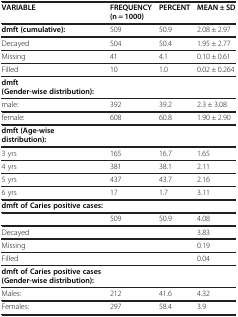
| VARIABLE | FREQUENCY (n = 1000) | PERCENT | MEAN ± SD |
 | --- | --- | --- | --- |
 | dmft (cumulative): | 509 | 50.9 | 2.08 ± 2.97 |
 | Decayed | 504 | 50.4 | 1.95 ± 2.77 |
 | Missing | 41 | 4.1 | 0.10 ± 0.61 |
 | Filled | 10 | 1.0 | 0.02 ± 0.264 |
 | dmft(Gender-wise distribution): |  |  |  |
 | male: | 392 | 39.2 | 2.3 ± 3.08 |
 | female: | 608 | 60.8 | 1.90 ± 2.90 |
 | dmft (Age-wise distribution): |  |  |  |
 | 3 yrs | 165 | 16.7 | 1.65 |
 | 4 yrs | 381 | 38.1 | 2.11 |
 | 5 yrs | 437 | 43.7 | 2.16 |
 | 6 yrs | 17 | 1.7 | 3.11 |
 | dmft of Caries positive cases: |  |  |  |
 |  | 509 | 50.9 | 4.08 |
 | Decayed |  |  | 3.83 |
 | Missing |  |  | 0.19 |
 | Filled |  |  | 0.04 |
 | dmft of Caries positive cases (Gender-wise distribution): |  |  |  |
 | Males: | 212 | 41.6 | 4.32 |
 | Females: | 297 | 58.4 | 3.9 |